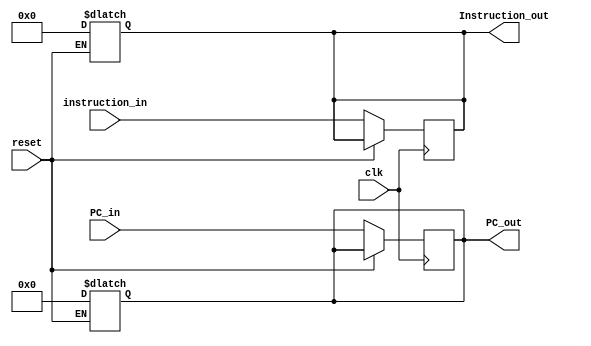
module IFID(
input [63:0] PC_in,
input [31:0] instruction_in,
input clk,
input reset,
output reg [63:0] PC_out,
output reg [31:0] Instruction_out
);

always@(posedge clk)
begin
	if (reset==1'b0)
		begin 
		PC_out=PC_in;
		Instruction_out=instruction_in;
		end
end
always@(reset)
begin
	if (reset==1'b1)
		begin 
		PC_out=64'b0;
		Instruction_out=32'b0;
		end
end

endmodule